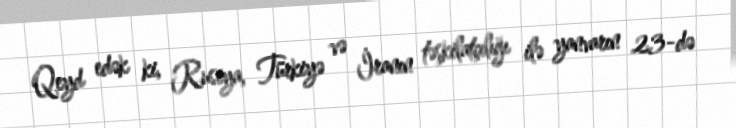
Qeyd edək ki, Rusiya, Türkiyə və İranın təşkilatçılığı ilə yanvarın 23-də